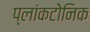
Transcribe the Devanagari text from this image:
प्लांकटोनिक